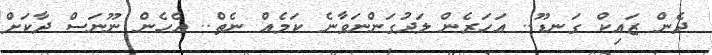
ދެން ޒައިކް ގަނޑޫ.. އަހަރެން ލަދުގަންނަވާނެ ކަމެއް ނެތް.. އެހެން ނޫނަސް ދާކަށް